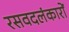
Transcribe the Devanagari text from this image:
रसवदलंकारों